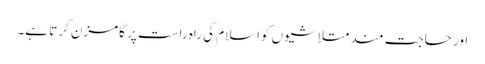
اور حاجت مند متلاشیوں کواسلام کی راہ راست پر گامزن کرتا ہے۔